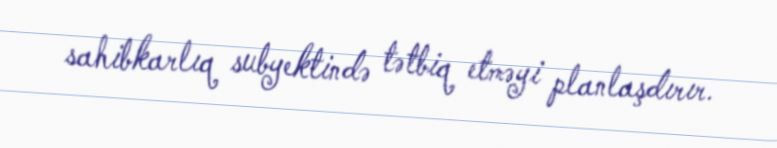
sahibkarlıq subyektində tətbiq etməyi planlaşdırır.